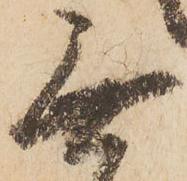
無